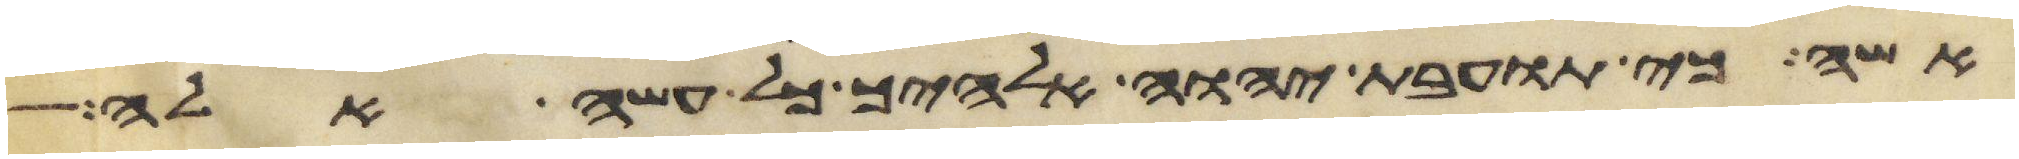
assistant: אשה כי תועבת יהוה אלהיך כל עשה אלה